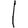
Digit: 1